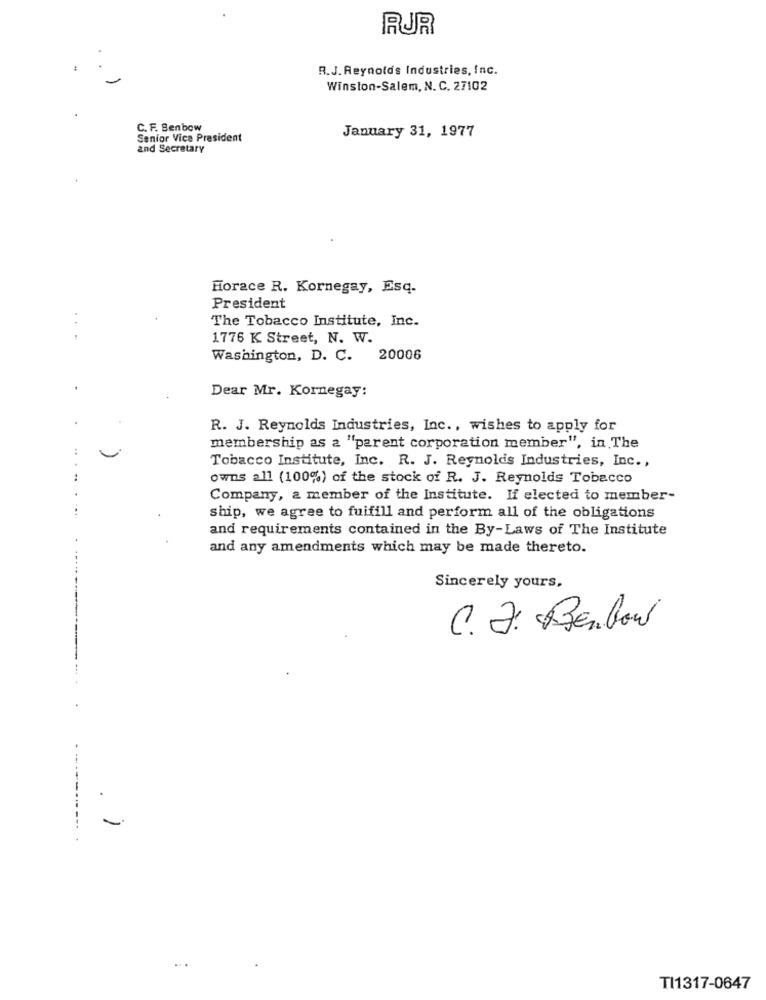
RUR
R.J. Reynolds Industries, Inc.
Winston-Salem, N. C. 27102
C. F. Benbow
Senior Vice President
January 31, 1977
and Secretary
Horace R. Kornegay, Esq.
President
. .
The Tobacco Institute, Inc.
1776 K Street, N. W.
Washington, D. C. 20006
Dear Mr. Kornegay:
R. J. Reynolds Industries, Inc ., wishes to apply for
membership as a "parent corporation member", in The
Tobacco Institute, Inc. R. J. Reynolds Industries, Inc .,
owns all (100%) of the stock of R. J. Reynolds Tobacco
Company, a member of the Institute. If elected to member-
ship, we agree to fuifill and perform all of the obligations
and requirements contained in the By-Laws of The Institute
and any amendments which may be made thereto.
Sincerely yours,
C. J. Benbow
TI1317-0647